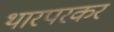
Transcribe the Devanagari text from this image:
थारपरकर